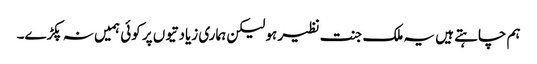
ہم چاہتے ہیں یہ ملک جنت نظیر ہو لیکن ہماری زیادتیوں پر کوئی ہمیں نہ پکڑے۔